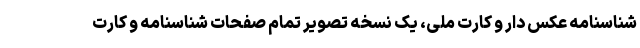
شناسنامه عکس دار و کارت ملی، یک نسخه تصویر تمام صفحات شناسنامه و کارت